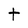
Character: t